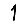
Digit: 1